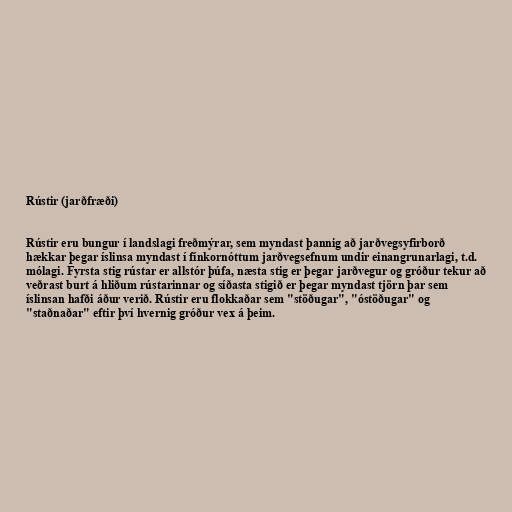
Rústir (jarðfræði)

Rústir eru bungur í landslagi freðmýrar, sem myndast þannig að jarðvegsyfirborð
hækkar þegar íslinsa myndast í fínkornóttum jarðvegsefnum undir einangrunarlagi, t.d.
mólagi. Fyrsta stig rústar er allstór þúfa, næsta stig er þegar jarðvegur og gróður tekur að
veðrast burt á hliðum rústarinnar og síðasta stigið er þegar myndast tjörn þar sem
íslinsan hafði áður verið. Rústir eru flokkaðar sem "stöðugar", "óstöðugar" og
"staðnaðar" eftir því hvernig gróður vex á þeim.